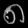
Digit: ၈